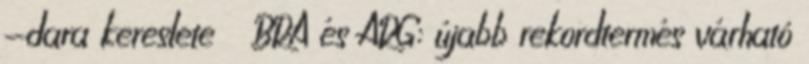
-dara kereslete  BRA és ARG: újabb rekordtermés várható